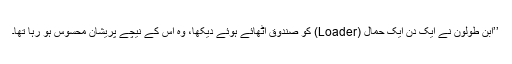
’’ابن طولون نے ایک دن ایک حَمَّال (Loader) کو صندوق اٹھائے ہوئے دیکھا، وہ اس کے نیچے پریشان محسوس ہو رہا تھا۔